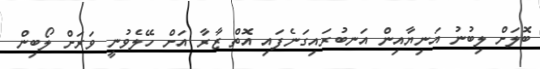
ބޮލަށް ލިބުނު އަނިޔާއިން އަނބުރައިގަނެފައި އޮތް ޒާރާ އަށް ހޭލެވުނީ ވަރަށް ލޯބިން